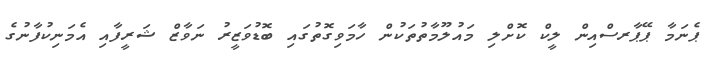
ޕެނަމާ ޕޭޕާރސްއިން ލީކް ކޮށްލި މައުލޫމާތުތަކުން ހާމަވިގޮތުގައި ބޮޑުވަޒީރު ނަވާޒް ޝަރީފާއި އެމަނިކުފާނުގެ